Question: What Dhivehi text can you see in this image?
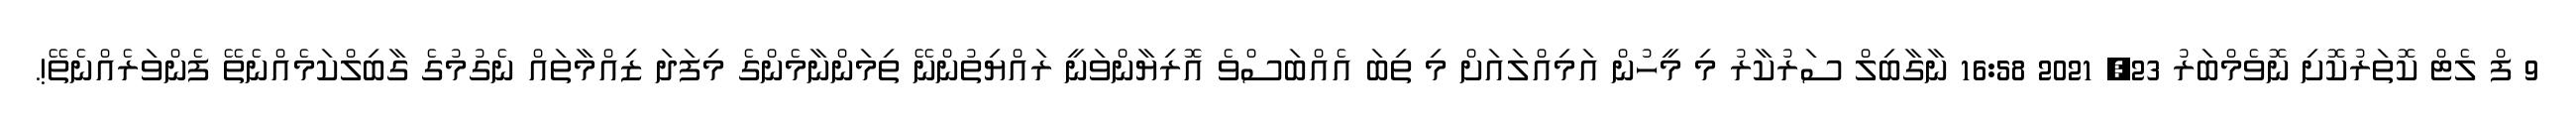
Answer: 9 ފް ލެޓް ކޮތަރުކޮށި ނޮވެމްބަރު 23, 2021 16:58 ނާގާބިލް ސަރުކާރު މި މީހުން އަމިއްލައަށް މި ތިބަ އެއްބަސްވެ އޮރިޔާންވަނީ ރައްޔިތުންނޭ ތިމަންނާމެންގެ މިފަދަ ޒިއްމާތައް ނެގުމުގެ ގާބިލްކަމެއްނެތޭ ފެންވަރެއްނެތޭ!.